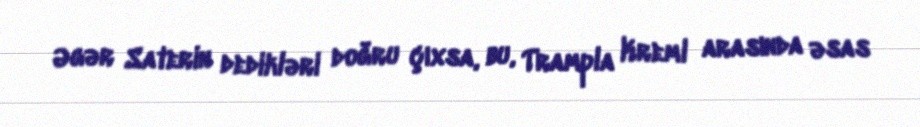
Əgər Saterin dedikləri doğru çıxsa, bu, Trampla Kreml arasında əsas